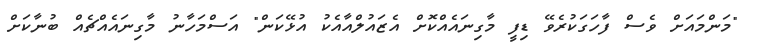
"މަންމައަށް ވެސް ފާހަގަކުރެވޭ ޑިފީ މާގިނައެއްކޮށް އެޒައުލްއާއެކު އުޅޭކަން" އަސްމަހާނު މާގިނައެއްޗެއް ބުނާކަށް